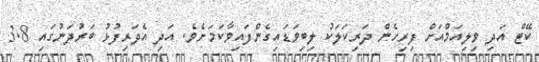
ކޭޓް އަދި ވިލިއަމްއަށް ފިރިހެން ދަރިކަލަކު ލިބިވަޑައިގެންފައިވާކަމަށެވެ. އަދި އެދަރިފުޅު ބަރުދަނުގައި 3.8